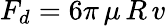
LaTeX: F_{d}=6\pi\, \mu\, R\, v